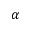
\protect \alpha